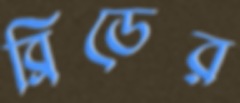
ব্রিডের